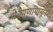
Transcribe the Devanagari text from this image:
वेडेपणापासून